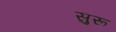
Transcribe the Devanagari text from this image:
सुरू